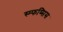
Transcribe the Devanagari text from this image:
स्म्फय्सिस